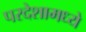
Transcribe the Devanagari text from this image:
परदेशामध्ये